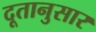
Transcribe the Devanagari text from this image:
दूतानुसार